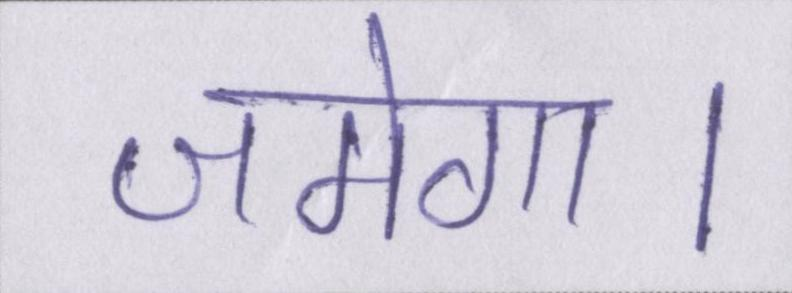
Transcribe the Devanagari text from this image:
जमेगा।